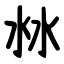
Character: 沝